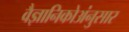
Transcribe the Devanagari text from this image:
वैज्ञानिकोअंनुसार